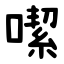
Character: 噄